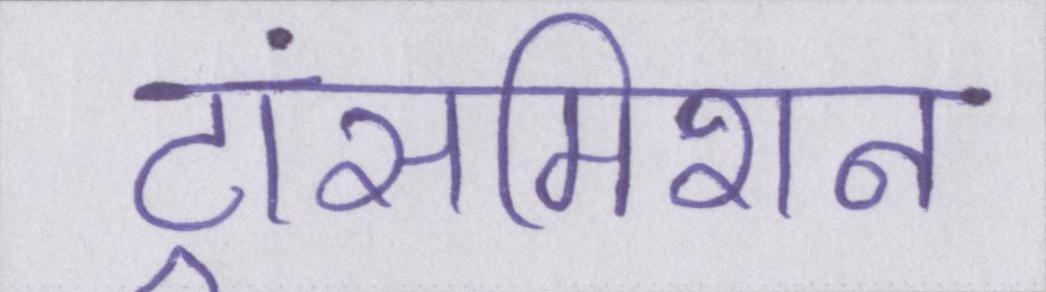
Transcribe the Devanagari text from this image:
ट्रांसमिशन